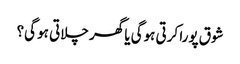
شوق پورا کرتی ہوگی یا گھر چلاتی ہو گی؟